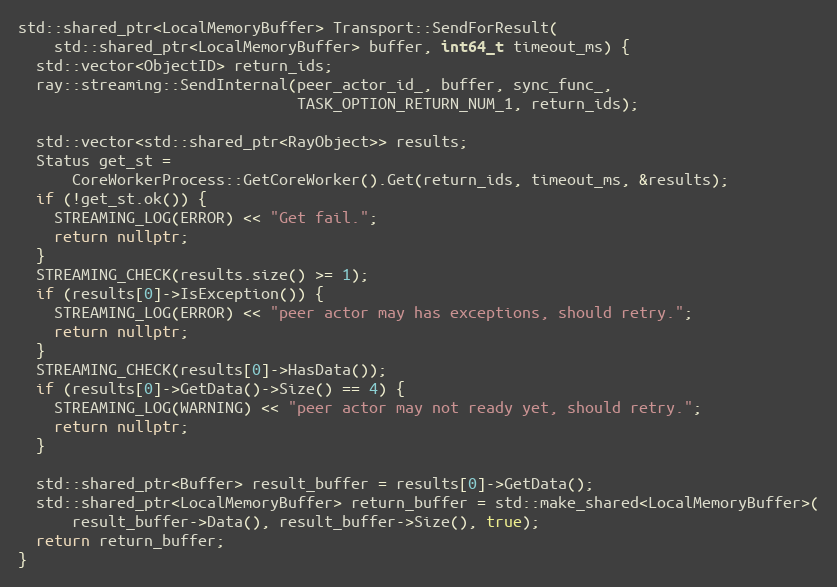
Language: C++
std::shared_ptr<LocalMemoryBuffer> Transport::SendForResult(
    std::shared_ptr<LocalMemoryBuffer> buffer, int64_t timeout_ms) {
  std::vector<ObjectID> return_ids;
  ray::streaming::SendInternal(peer_actor_id_, buffer, sync_func_,
                               TASK_OPTION_RETURN_NUM_1, return_ids);

  std::vector<std::shared_ptr<RayObject>> results;
  Status get_st =
      CoreWorkerProcess::GetCoreWorker().Get(return_ids, timeout_ms, &results);
  if (!get_st.ok()) {
    STREAMING_LOG(ERROR) << "Get fail.";
    return nullptr;
  }
  STREAMING_CHECK(results.size() >= 1);
  if (results[0]->IsException()) {
    STREAMING_LOG(ERROR) << "peer actor may has exceptions, should retry.";
    return nullptr;
  }
  STREAMING_CHECK(results[0]->HasData());
  if (results[0]->GetData()->Size() == 4) {
    STREAMING_LOG(WARNING) << "peer actor may not ready yet, should retry.";
    return nullptr;
  }

  std::shared_ptr<Buffer> result_buffer = results[0]->GetData();
  std::shared_ptr<LocalMemoryBuffer> return_buffer = std::make_shared<LocalMemoryBuffer>(
      result_buffer->Data(), result_buffer->Size(), true);
  return return_buffer;
}